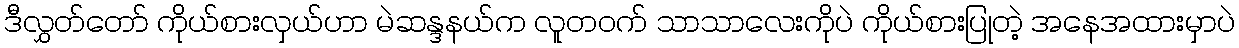
ဒီလွှတ်တော် ကိုယ်စားလှယ်ဟာ မဲဆန္ဒနယ်က လူတဝက် သာသာလေးကိုပဲ ကိုယ်စားပြုတဲ့ အနေအထားမှာပဲ